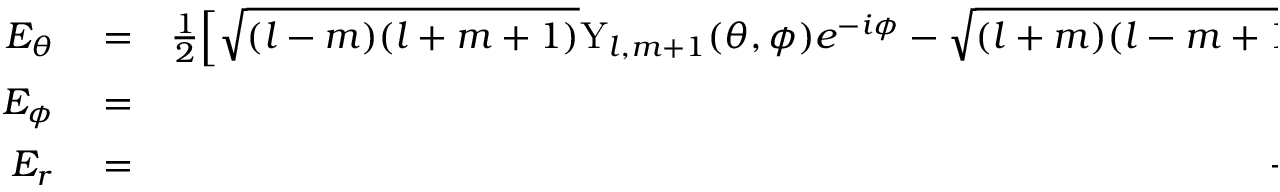
\begin{array} { r l r } { E _ { \theta } } & { { } = } & { \frac { 1 } { 2 } \Big [ \sqrt { ( l - m ) ( l + m + 1 ) } \mathrm { Y } _ { l , m + 1 } ( \theta , \phi ) e ^ { - i \phi } - \sqrt { ( l + m ) ( l - m + 1 ) } \mathrm { Y } _ { l , m - 1 } ( \theta , \phi ) e ^ { i \phi } \Big ] \frac { E _ { 0 } e ^ { i k r } } { k r } , } \\ { E _ { \phi } } & { { } = } & { \frac { i m } { \sin \theta } \mathrm { Y } _ { l , m } ( \theta , \phi ) \frac { E _ { 0 } e ^ { i k r } } { k r } , } \\ { E _ { r } } & { { } = } & { - i l ( l + 1 ) \mathrm { Y } _ { l , m } ( \theta , \phi ) \frac { E _ { 0 } e ^ { i k r } } { ( k r ) ^ { 2 } } } \end{array}